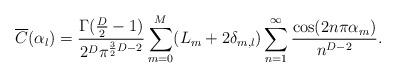
LaTeX: \begin{align*}\overline{C}(\alpha_l)=\frac{\Gamma(\frac{D}{2}-1)}{2^D\pi^{\frac{3}{2}D-2}}\sum_{m=0}^M (L_m+2 \delta_{m,l})\sum_{n=1}^\infty \frac{\cos(2n\pi \alpha_m)}{n^{D-2}}.\end{align*}